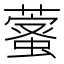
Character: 𦾖